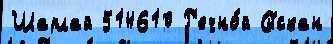
Шарлай 514610 Р'ечно́й Сы́скан